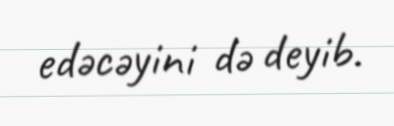
edəcəyini də deyib.